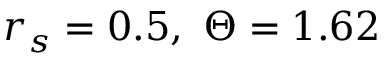
r _ { s } = 0 . 5 , \ \Theta = 1 . 6 2